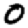
Digit: 0